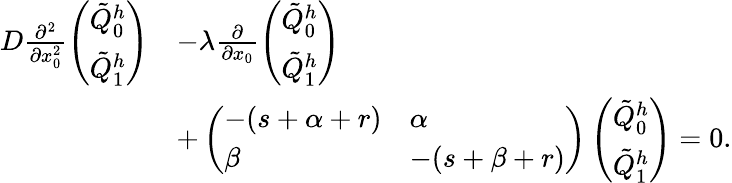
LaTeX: \begin{array}{rl}{D\frac{\partial^{2}}{\partial x_{0}^{2}}\left(\begin{array}{l}{\tilde{Q}_{0}^{h}}\\ {\tilde{Q}_{1}^{h}}\end{array}\right)}&{-\lambda\frac{\partial}{\partial x_{0}}\left(\begin{array}{l}{\tilde{Q}_{0}^{h}}\\ {\tilde{Q}_{1}^{h}}\end{array}\right)}\\ &{+\left(\begin{array}{ll}{-(s+\alpha+r)}&{\alpha}\\ {\beta}&{-(s+\beta+r)}\end{array}\right)\left(\begin{array}{l}{\tilde{Q}_{0}^{h}}\\ {\tilde{Q}_{1}^{h}}\end{array}\right)=0.}\end{array}